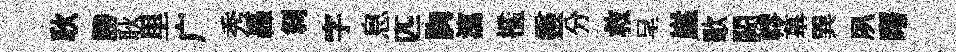
耿勝耿里广秀轟𠛴字息匹胸瀉檻靈分救呈崖歜闕轇墓巽夙曙